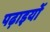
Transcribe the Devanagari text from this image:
पढ़ाइयों